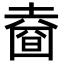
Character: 𡐑